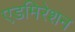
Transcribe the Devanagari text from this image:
एडमिरेशन